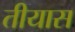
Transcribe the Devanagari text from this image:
तीयास